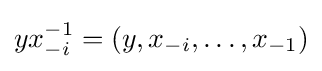
yx_{-i}^{-1}=(y,x_{-i},\ldots ,x_{-1})